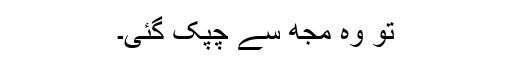
تو وہ مجھ سے چپک گئی۔